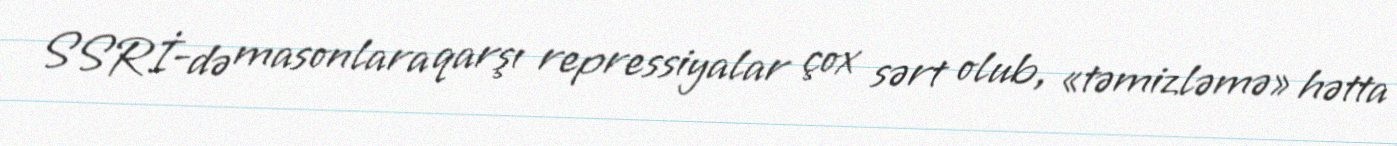
SSRİ-də masonlara qarşı repressiyalar çox sərt olub, «təmizləmə» hətta